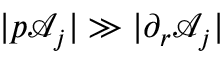
| p \mathcal { A } _ { j } | \gg | \partial _ { r } \mathcal { A } _ { j } |